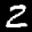
Label: 2